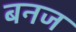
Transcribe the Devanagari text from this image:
बनज